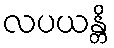
လပယန္တိ